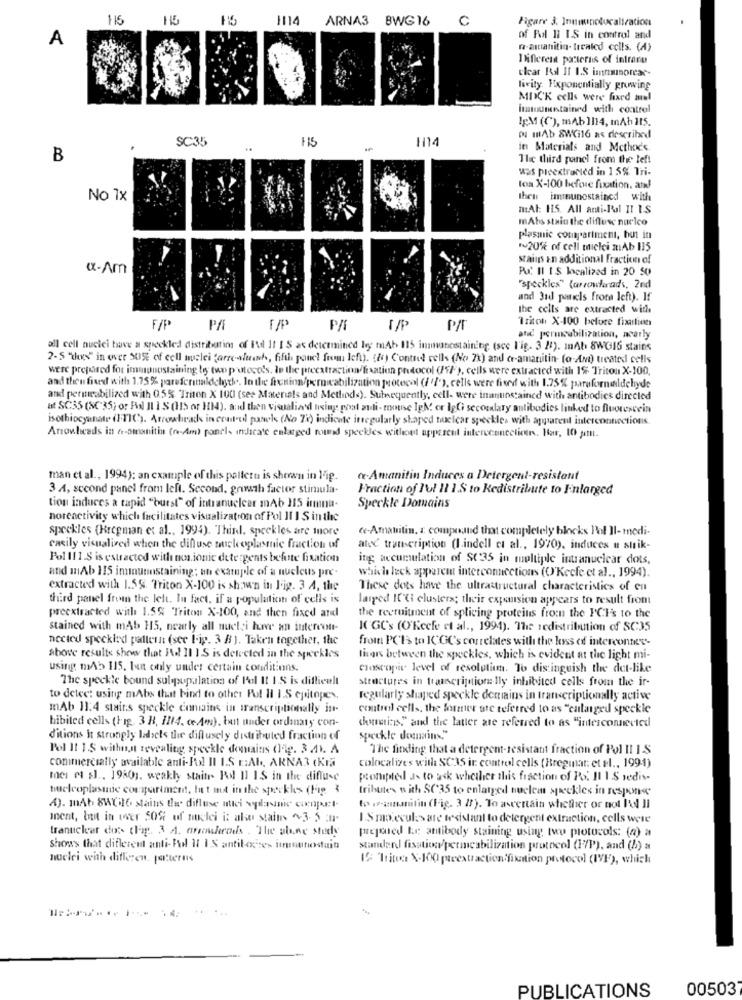
115
ARNA3 BWG 16
C
Figare 3. Inumuncducalization
A
of Fal 11 I.S in control and
n-antianitin- treated cells. (A)
Different patterns of intrara
clear Ril If I.S immunorear-
livity. Exponentially growing
MOCK cells were fixed al
Imtounstained with control
IpM (C), mAb ]114, mAh 115.
SC35
1114
DI mAb &WCi16 as described
in Materials and Methex's.
B
The third panel from the left
was picextracted in 15% Tri-
toa X-100 before fixation. atl
No 1x
then immunostained with
mAl: 15. All ami-Pal II IS
mAbs stain the diffuse nucleo
plasmic cotiapartment, but in
~20% of cell mielei mAb 115
stains an additional fraction of
x-Am
Pur. Il IS localized in 20 50
"speckles" (arrowkrads, 2nd
and 3rd portels frota left). If
the cells are extracted with
Triton X-100 before fixation
F/P
P/T
atic perincubilization, acarly
all cell nucici bave a speckled distributing of Edl 11 I S as determined ley mAb 115 immunostaining. (scc l'ig. 3 2). mAb. 8WG16 stains
2-5 "tos" in over 50 of cell nuclei "arre-afwasch, fifth panel fom left). for) Contued cells (No 7x) and er-amanitin- (o-Ami) treated cells
were prepared for immunostaining by two protocols. le the preextraction/fixation protocol (75/'), cells were extracted with 1% Triton X-100,
and then fixed with 1.75% pareferinaldehyth .. In the frenin/pernicabilization protocol (i '/'), cells were fixed with 1.75% paraformaldehyde
and permirabilized with 0.5% Triton X 100 (see Materials and Methods). Subsequently, cell- were inanunstained with antibodies directed
at SC35 (SC 35) or Ral Il 1 S (HIS or 1014), and then visualiard using poat auli- mouse IgM or IgCi secondary antibodies linked to fluorescein
isothiocyanate (FTIC). Arrowheads in ceudeuil panels (No Ti) indicate irregularly shaped nuclear speckles with apparent interconnections.
Arrowheads in e-amomnitin (n-Am) panels indicate enlarged noted speckles without apperent intercconcelicen. Har, 10 pm.
man et al ., 1994): an example of this pattern is shown in lig.
«.Amanitin Induces a Detergent-resistant
3 A, second panel from left. Second, growth factor stimula-
Fraction of l'u! ! 1 1.S to Kedistribute to Enlarged
tion induces a tapid "butst" of intranucleer mAb 115 innu-
Speckle Domains
noreactivity which facilitates visualization of Pol Il I Sinthe
speckles (Bregman et al ., 1994). Thinl, speckles are more
«-Amamitin, z compound that completely blocks Pol Il-medi-
cacily visualired when the diffuse sueloplasmic fraction of
atec transcription (I.indell et al ., 1970), induces n strik-
Pol III.S is estracted with nos.ionic detergents befute fixation
it's accumulation of SC:35 in queltiple intranuclear dots.
and mAb HIS innouumstaining; nu example of a nucleus pre-
which luck apparent interconnections (O'Keefe et al ., 1994).
extracted with 1.5%. Triton X-100 is shown in Fig. 3 A, the
These dots have the ultrastructural characteristics of en
third panel from the left. In fact, if a population of cells is
larged I'll clusterx; their expansion appears to result from
preextracted with 1.5% Triton X-100, and then fixed and
the recruitment of splicing proteins from the FCF's to the
stained with mAb 115, nearly all nuet;i have an intercon-
KC GC's (O'Keefe et al ., 1991). The redistribution of SC35
nected speckled pattern (see Fig. 3 8). Taken together, the
from PCI to ICGC's correlates with the loss of interconter-
above results show that Hdl Il 1 S is detected in the speckles
liars between the speckles, which is evident at the light mi-
using mAb 115, but only under certain conditions.
Closcopie level of resolution. To distinguish the det-like
The speckle bound sul population of Pol It IS is difficult
structures in transcription Ily inhibited cells from the ir-
to detect using mAbs that bind to other Pol Il I.S epitopes.
regularly shaped speckle derniains in transcriptionally active
mAb 11.4 stairs speckle enniains in transcriptionally in-
control cells, the former are referred to as "calarged speckle
hibited cells (Fig. 3 B, 1114. ce Am), but under ordinaty con-
chumatics," and the latter are referred to as "interconnected
d'itions it strongly labels the diffusely distributed fraction of
speckle doenains."
Pol 11 I.S withn,at revealing speckle domains (199. 3 2. A
The finding that a detergent-resistant fraction of Pol II IS
commercially available anti-Pol II I.S c:Ab ., ARNA3 (Kra
colocalives with SC35 in control cells (Bregmat: et el ., 199-1)
mes et al ., 19801. weakly staite Pol Il IS in the diffuse
Prompted Js to ask whether this fraction of PS. Il I.S sedis-
buelcoplasmic compartment, het ma in the speckles (Fp
tribtites with SC35 to enlatyed nuclear speckles in response
4). mAb 8W(16 stains the diffuse nici wydanie conpet-
to pannitin (Fig. 3 2). To ascertain whether or not Il Ji
ment, but in wer 50% of nuclei it also stains ~~ 3- 5 in-
ISmolecules are tesistant to detergent extraction, cells were
tranuclear dos clip. 3 A. arrowheads . The plane study
prepared te antibody staining using two protocols: (a) a
Show's that different anti- Fol Il 1 S antilocses immunodaini
standard fisation/permeabilization protocol (17P), and (5) a
nuclei with difficen, patterns
12 Triton X-100 preextraction fixation protocol (IVF), which
PUBLICATIONS
00503